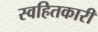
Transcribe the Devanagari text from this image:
स्वहितकारी